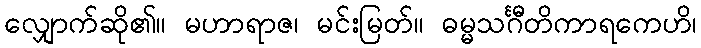
လျှောက်ဆို၏။ မဟာရာဇ၊ မင်းမြတ်။ ဓမ္မသင်္ဂီတိကာရကေဟိ၊